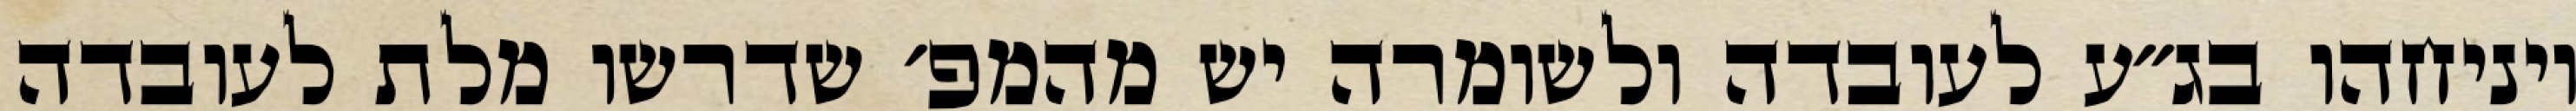
ויניחהו בג״ע לעובדה ולשומרה יש מהמפ׳ שדרשו מלת לעובדה